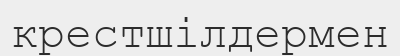
крестшілдермен